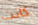
كانت